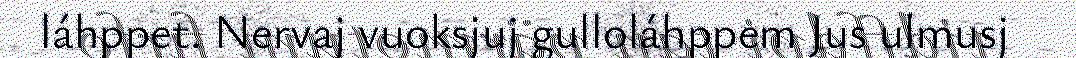
láhppet. Nervaj vuoksjuj gulloláhppem Jus ulmusj